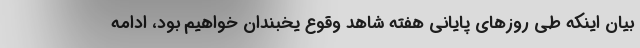
بیان اینکه طی روزهای پایانی هفته شاهد وقوع یخبندان خواهیم بود، ادامه